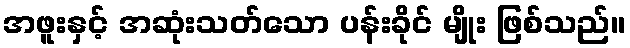
အဖူးနှင့် အဆုံးသတ်သော ပန်းခိုင် မျိုး ဖြစ်သည်။